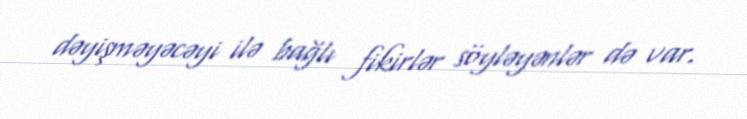
dəyişməyəcəyi ilə bağlı fikirlər söyləyənlər də var.